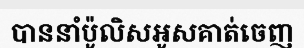
បាននាំប៉ូលិសអូសគាត់ចេញ